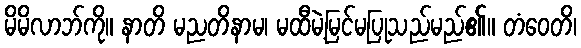
မိမိလာဘ်ကို။ နာတိ မညတိနာမ၊ မထီမဲ့မြင်မပြုသည်မည်၏။ တံဝေတိ၊